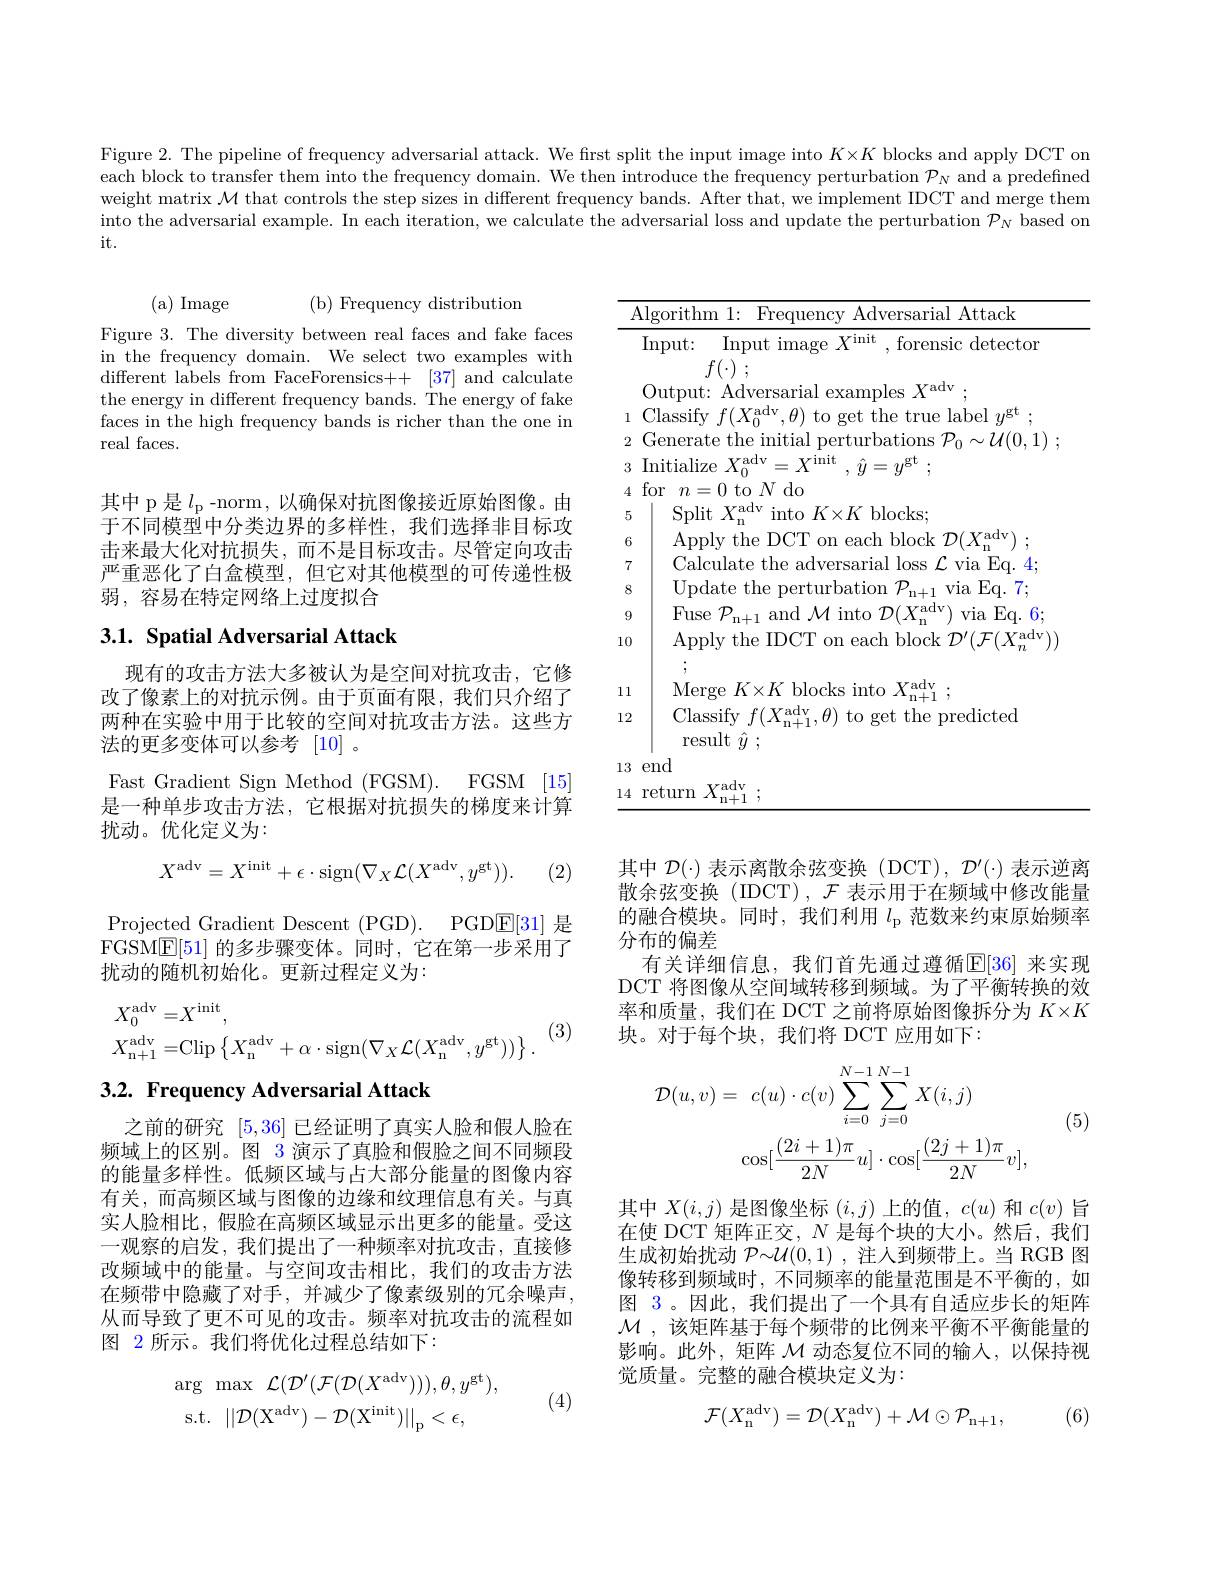
Figure 2. The pipeline of frequency adversarial attack. We first split the input image into $K\times K$ blocks and apply DCT on each block to transfer them into the frequency domain. We then introduce the frequency perturbation $\mathcal{P}_N$ and a predefined weight matrix $\mathcal{M}$ that controls the step sizes in different frequency bands. After that, we implement IDCT and merge them into the adversarial example. In each iteration, we calculate the adversarial loss and update the perturbation $\mathcal{P}_N$ based on it.

(b) Frequency distribution

(a) Image
Figure 3. The diversity between real faces and fake faces in the frequency domain. We select two examples with different labels from FaceForensics++ [37] and calculate the energy in different frequency bands. The energy of fake faces in the high frequency bands is richer than the one in real faces.

其中 p 是$l_{\mathrm{p}}$ -norm, 以确保对抗图像接近原始图像。由于不同模型中分类边界的多样性，我们选择非目标攻击来最大化对抗损失，而不是目标攻击。尽管定向攻击严重恶化了白盒模型，但它对其他模型的可传递性极弱，容易在特定网络上过度拟合

<table>
	<tbody>
		<tr>
			<td></td>
			<td>lgorithm 1: E Frequency Adversarial Attack</td>
		</tr>
		<tr>
			<td> </td>
			<td>Output: Adversarial examples $X^\mathrm{adv}$</td>
		</tr>
		<tr>
			<td>1</td>
			<td> </td>
		</tr>
		<tr>
			<td>2</td>
			<td> </td>
		</tr>
		<tr>
			<td></td>
			<td></td>
		</tr>
		<tr>
			<td></td>
			<td>[0] $n=0$ to $N$ do</td>
		</tr>
		<tr>
			<td>b</td>
			<td> $\cdot1$ 1 010CKS, Yr</td>
		</tr>
		<tr>
			<td>$b$</td>
			<td> </td>
		</tr>
		<tr>
			<td>$f$</td>
			<td>$|\mathcal{Z}|$ DO</td>
		</tr>
		<tr>
			<td>8</td>
			<td> $F_{\mathrm{n+1}}$</td>
		</tr>
		<tr>
			<td>12 10</td>
			<td>Apply the IDCT on each block $\mathcal{D} ^{\prime }( \mathcal{F} ( X_{n}^{\mathrm{adv}})$ $\mu$</td>
		</tr>
		<tr>
			<td>1 1</td>
			<td>Yadv</td>
		</tr>
		<tr>
			<td>12</td>
			<td>Classify $f(X_{\mathrm{n+1}}^{\mathrm{adv}},\theta)$ to get the predicted result $\hat{y}$ ;</td>
		</tr>
		<tr>
			<td>13</td>
			<td>end</td>
		</tr>
		<tr>
			<td>14 </td>
			<td>$\operatorname{adv}$</td>
		</tr>
	</tbody>
</table>

## 3.1. Spatial Adversarial Attack

现有的攻击方法大多被认为是空间对抗攻击，它修改了像素上的对抗示例。由于页面有限，我们只介绍了两种在实验中用于比较的空间对抗攻击方法。这些方法的更多变体可以参考[10] 。

Fast Gradient Sign Method (FGSM). FGSM [15] 是一种单步攻击方法，它根据对抗损失的梯度来计算

扰动。优化定义为：
$$X^{\mathrm{adv}}=X^{\mathrm{init}}+\epsilon\cdot\mathrm{sign}(\nabla_{X}\mathcal{L}(X^{\mathrm{adv}},y^{\mathrm{gt}})).$$
(2)

Projected Gradient Descent (PGD). PGD$\underline{\mathrm{E}}[31]$是FGSM$\underline{\mathrm{E}}[51]$的多步骤变体。同时，它在第一步采用了扰动的随机初始化。更新过程定义为：

其中$\mathcal{D}(\cdot)$表示离散余弦变换 (DCT), $\mathcal{D}^\prime(\cdot)$表示逆离散余弦变换(IDCT),$\mathcal{F}$表示用于在频域中修改能量的融合模块。同时，我们利用$l_\mathrm{p}$范数来约束原始频率分布的偏差
有关详细信息，我们首先通过遵循$\mathbb{E}[36]$ 来实现DCT 将图像从空间域转移到频域。为了平衡转换的效率和质量，我们在 DCT 之前将原始图像拆分为$K\times K$ 块。对于每个块，我们将 DCT 应用如下：

(3)
$$\begin{aligned}&X_{0}^{\mathrm{adv}}=X^{\mathrm{init}},\\&X_{\mathrm{n+1}}^{\mathrm{adv}}=\mathrm{Clip}\left\{X_{\mathrm{n}}^{\mathrm{adv}}+\alpha\cdot\mathrm{sign}(\nabla_{X}\mathcal{L}(X_{\mathrm{n}}^{\mathrm{adv}},y^{\mathrm{gt}}))\right\}.\end{aligned}$$
# 3.2. Frequency Adversarial Attack

(5)
$$\begin{aligned}\mathcal{D}(u,v)&=\:c(u)\cdot c(v)\sum_{i=0}^{N-1}\sum_{j=0}^{N-1}X(i,j)\\&\cos[\frac{(2i+1)\pi}{2N}u]\cdot\cos[\frac{(2j+1)\pi}{2N}v],\end{aligned}$$
之前的研究[5,36]已经证明了真实人脸和假人脸在频域上的区别。图 3 演示了真脸和假脸之间不同频段的能量多样性。低频区域与占大部分能量的图像内容有关，而高频区域与图像的边缘和纹理信息有关。与真实人脸相比，假脸在高频区域显示出更多的能量。受这一观察的启发，我们提出了一种频率对抗攻击，直接修改频域中的能量。与空间攻击相比，我们的攻击方法在频带中隐藏了对手，并减少了像素级别的冗余噪声， 从而导致了更不可见的攻击。频率对抗攻击的流程如图 2 所示。我们将优化过程总结如下：

其中$X(i,j)$是图像坐标$(i,j)$上的值，$c(u)$和$c(v)$旨在使 DCT 矩阵正交，$N$是每个块的大小。然后，我们生成初始扰动$\mathcal{P}\sim\mathcal{U}(0,1)$ ,注人到频带上。当 RGB 图像转移到频域时，不同频率的能量范围是不平衡的，如图 3。因此，我们提出了一个具有自适应步长的矩阵$\mathcal{M}$ ,该矩阵基于每个频带的比例来平衡不平衡能量的影响。此外，矩阵$\mathcal{M}$动态复位不同的输入，以保持视觉质量。完整的融合模块定义为：
$$\arg\:\max\:\mathcal{L}(\mathcal{D}^{\prime}(\mathcal{F}(\mathcal{D}(X^{\mathrm{adv}}))),\theta,y^{\mathrm{gt}}),\\\mathrm{s.t.}\:||\mathcal{D}(\mathrm{X^{adv}})-\mathcal{D}(\mathrm{X^{init}})||_{\mathrm{p}}<\epsilon,$$
(4)
$$\mathcal{F}(X_{\mathrm{n}}^{\mathrm{adv}})=\mathcal{D}(X_{\mathrm{n}}^{\mathrm{adv}})+\mathcal{M}\odot\mathcal{P}_{\mathrm{n+1}},$$
(6)